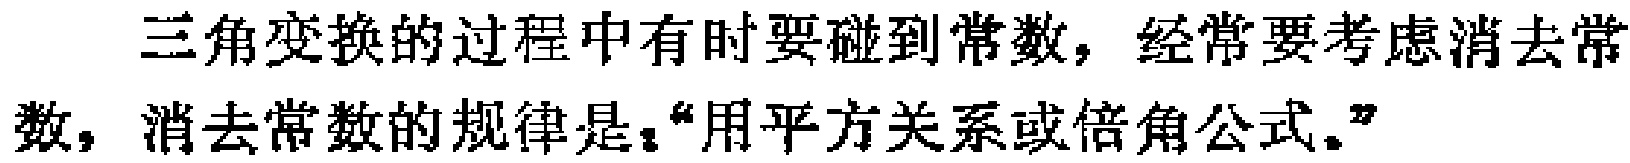
三角变换的过程中有时要碰到常数，经常要考虑消去常数，消去常数的规律是：“用平方关系或倍角公式。”